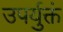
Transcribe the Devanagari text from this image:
उपर्युक्तं